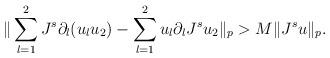
LaTeX: \begin{align*}\| \sum_{l=1}^2 J^s \partial_l (u_l u_2) - \sum_{l=1}^2 u_l \partial_l J^s u_2 \|_p> M \|J^s u\|_p.\end{align*}